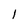
Character: l